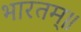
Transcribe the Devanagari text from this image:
भारतम्॥